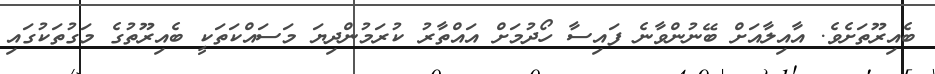
ބެއިރޫތަށެވެ. އާއިލާއަށް ބޭނުންވާނެ ފައިސާ ހޯދުމަށް އައްތާރު ކުރަމުންދިޔަ މަސައްކަތަކީ ބެއިރޫތުގެ މަގުތަކުގައި